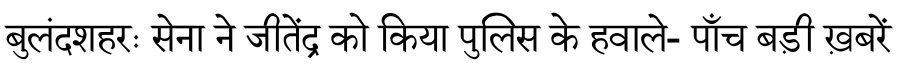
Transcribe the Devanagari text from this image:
बुलंदशहरः सेना ने जीतेंद्र को किया पुलिस के हवाले- पाँच बड़ी ख़बरें